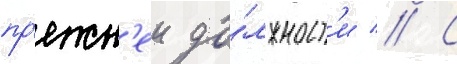
пр'ежн'еи до́лжност'и // С